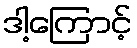
ဒါ့ကြောင့်